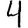
Digit: 4